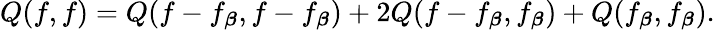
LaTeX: Q(f,f)=Q(f-f_{\boldsymbol{\beta}},f-f_{\boldsymbol{\beta}})+2Q(f-f_{\boldsymbol{\beta}},f_{\boldsymbol{\beta}})+Q(f_{\boldsymbol{\beta}},f_{\boldsymbol{\beta}}).